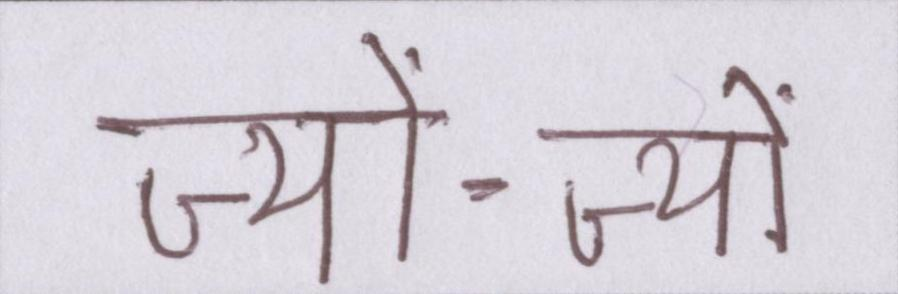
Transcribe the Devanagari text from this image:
ज्यों-ज्यों